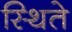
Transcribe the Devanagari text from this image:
स्थिते